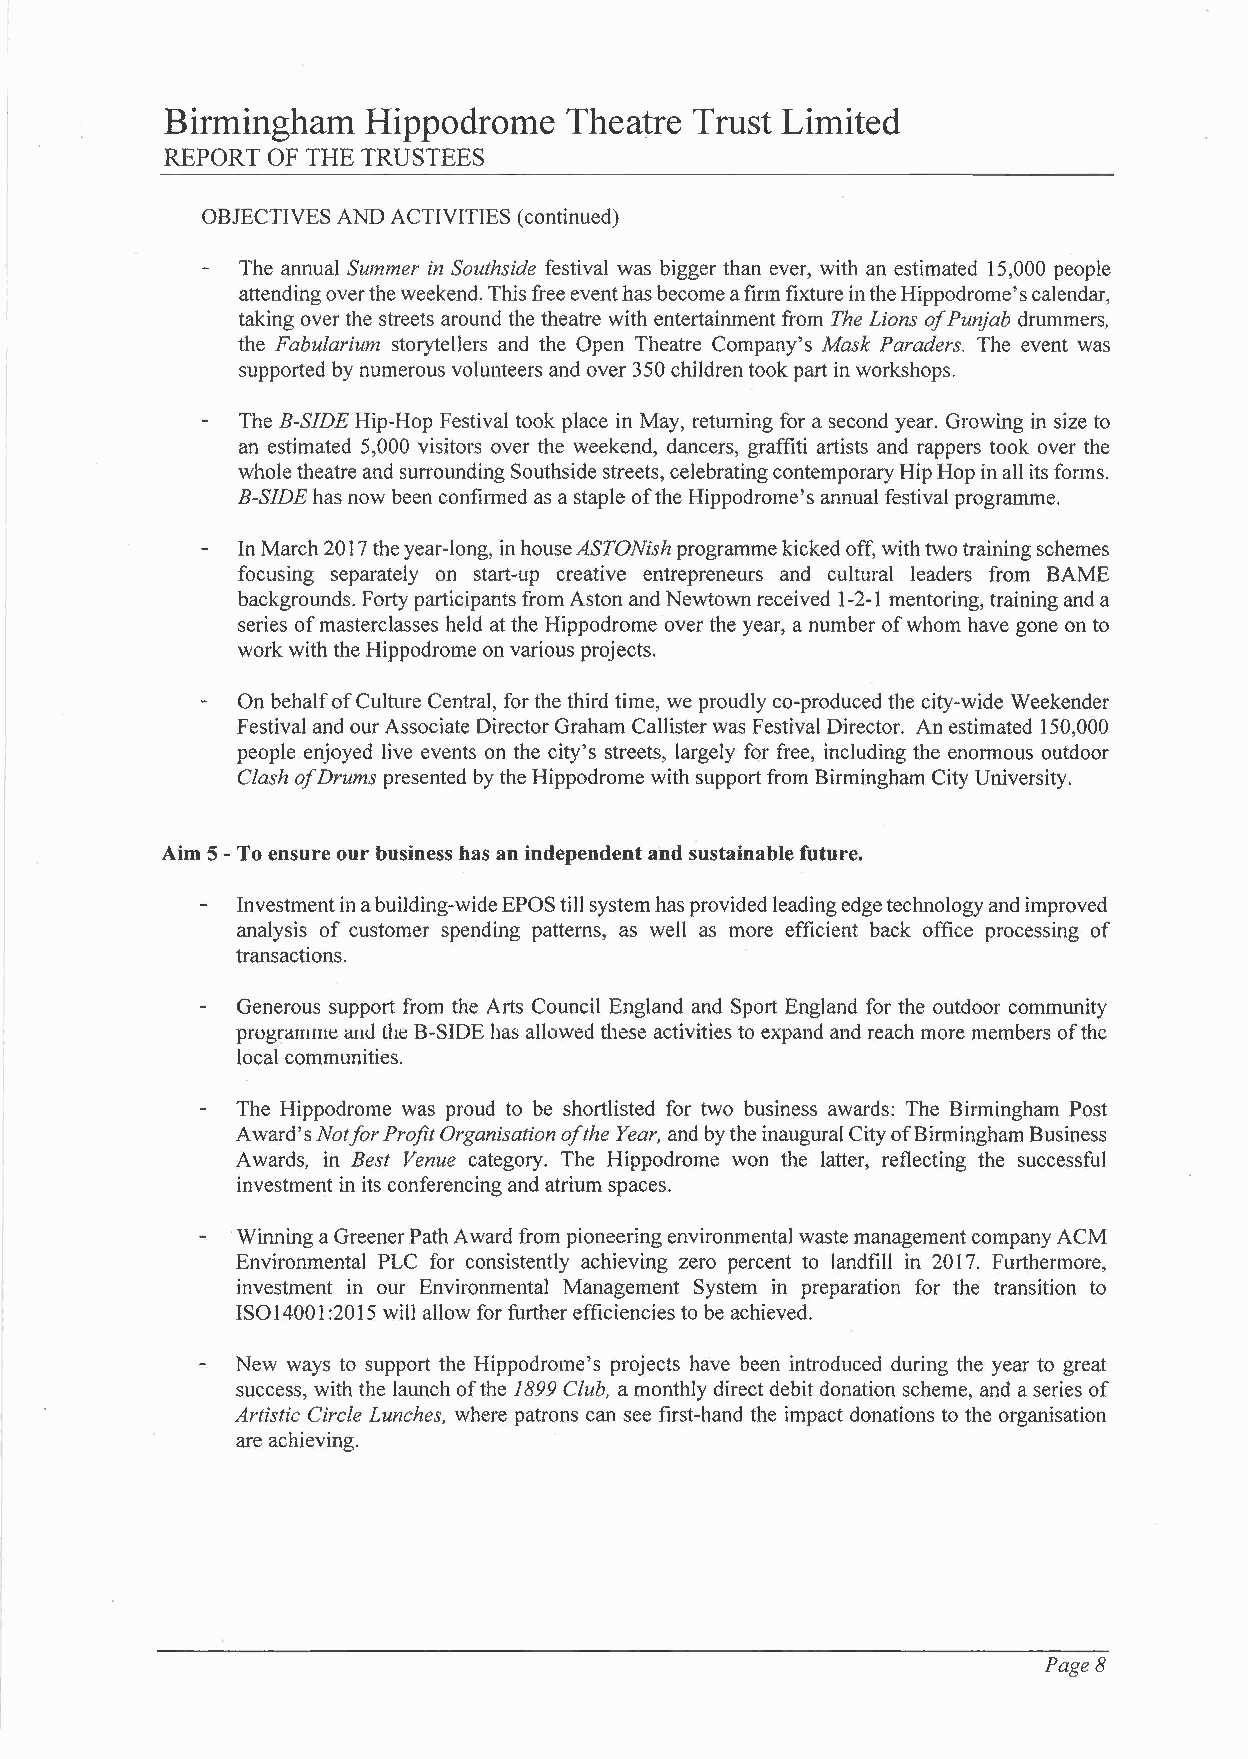
Birmingham   Hippodrome   Theatre  Trust Limited
 REPORT OF THE TRUSTEES
 OBJECTIVES AND ACTIVITIES (continued)
 The annual Summer in Southside festival was bigger than ever, with an estimated 15,000 people
 attending over the weekend. This free event has become a firm fixture in the Hippodrome's calendar,
 taking over the streets around the theatre with entertainment from The Lions of Punjab drummers,
 the Fabularium storytellers and the Open Theatre Company's Mask Paraders. The event was
 supported by numerous volunteers and over 350 children took part in workshops.
 The B-SIDE Hip-Hop Festival took place in May, returning for a second year. Growing in size to
 an estimated 5,000 visitors over the weekend, dancers, graffiti artists and rappers took over the
 whole theatre and surrounding Southside streets, celebrating contemporary Hip Hop in all its forms.
 B-SIDE has now been confirmed as a staple of the Hippodrome's annual festival programme.
 In March 2017 the year-long, in house ASTONish programme kicked off, with two training schemes
 focusing separately on start-up creative entrepreneurs and cultural leaders from BAME
 backgrounds. Forty participants from Aston and Newtown received 1-2-1 mentoring, training and a
 series of masterclasses held at the Hippodrome over the year, a number of whom have gone on to
 work with the Hippodrome on various projects.
 On behalf of Culture Central, for the third time, we proudly co-produced the city-wide Weekender
 Festival and our Associate Director Graham Callister was Festival Director. An estimated 150,000
 people enjoyed live events on the city's streets, largely for free, including the enormous outdoor
 Clash of Drums presented by the Hippodrome with support from Birmingham City University.
 Aim 5 - To ensure our business has an independent and sustainable future.
 Investment in a building-wide EPOS till system has provided leading edge technology and improved
 analysis of customer spending patterns, as well as more efficient back office processing of
 transactions.
 Generous support from the Arts Council England and Sport England for the outdoor community
 programme and the B-SIDE has allowed these activities to expand and reach more members of the
 local communities.
 The Hippodrome was proud to be shortlisted for two business awards: The Birmingham Post
 Award's Notfor Profit Organisation of the Year, and by the inaugural City of Birmingham Business
 Awards, in Best Venue category. The Hippodrome won the latter, reflecting the successful
 investment in its conferencing and atrium spaces.
 Winning a Greener Path Award from pioneering environmental waste management company ACM
 Environmental PLC for consistently achieving zero percent to landfill in 2017. Furthermore,
 investment in our Environmental Management System in preparation for the transition to
 ISO 1400 1 :2015 will allow for further efficiencies to be achieved.
 New ways to support the Hippodrome's projects have been introduced during the year to great
 success, with the launch of the 1899 Club, a monthly direct debit donation scheme, and a series of
 Artistic Circle Lunches, where patrons can see first-hand the impact donations to the organisation
 are achieving.
 Page8